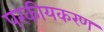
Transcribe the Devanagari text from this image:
परकीयकरण